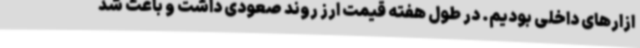
ازارهای داخلی بودیم. در طول هفته قیمت ارز روند صعودی داشت و باعث شد